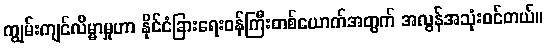
ကျွမ်းကျင်လိမ္မာမှုဟာ နိုင်ငံခြားရေးဝန်ကြီးတစ်ယောက်အတွက် အလွန်အသုံးဝင်တယ်။